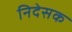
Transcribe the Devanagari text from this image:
निदेसक